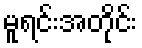
မူရင်းအတိုင်း